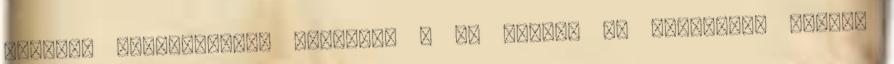
nagyobb mennyiségben szeretne a M5 rekesz -t rendelni, kérjük